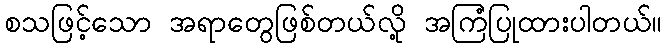
စသဖြင့်သော အရာတွေဖြစ်တယ်လို့ အကြံပြုထားပါတယ်။